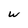
Character: w